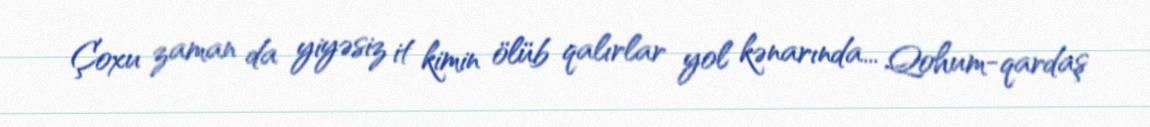
Çoxu zaman da yiyəsiz it kimin ölüb qalırlar yol kənarında... Qohum-qardaş